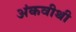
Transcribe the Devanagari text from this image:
अंकवीथी